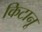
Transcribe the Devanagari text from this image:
किटानू